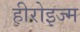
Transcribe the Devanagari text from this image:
हीरोइज्म